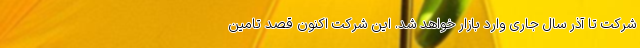
شرکت تا آذر سال جاری وارد بازار خواهد شد. این شرکت اکنون قصد تامین